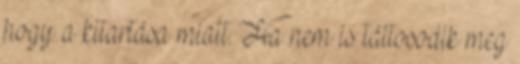
hogy a kitartása miatt. Ha nem is táltosodik meg